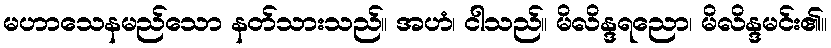
မဟာသေနမည်သော နတ်သားသည်။ အဟံ၊ ငါသည်။ မိလိန္ဒရညော၊ မိလိန္ဒမင်း၏။